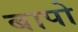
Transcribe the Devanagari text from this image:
बापो